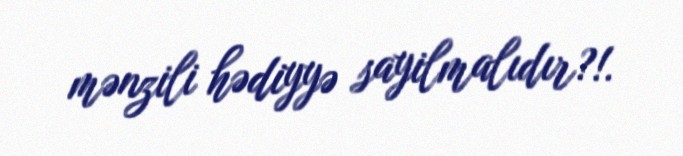
mənzili hədiyyə sayilmalıdır?!.